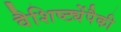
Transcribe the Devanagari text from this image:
वैशिष्ट्येंपैकी